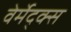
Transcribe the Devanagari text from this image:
वेर्मेद्क्स